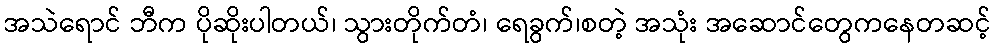
အသဲရောင် ဘီက ပိုဆိုးပါတယ်၊ သွားတိုက်တံ၊ ရေခွက်၊စတဲ့ အသုံး အဆောင်တွေကနေတဆင့်